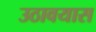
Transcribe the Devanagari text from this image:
उठावयास